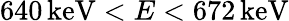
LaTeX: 640\, \mathrm{keV}<E<672\, \mathrm{keV}